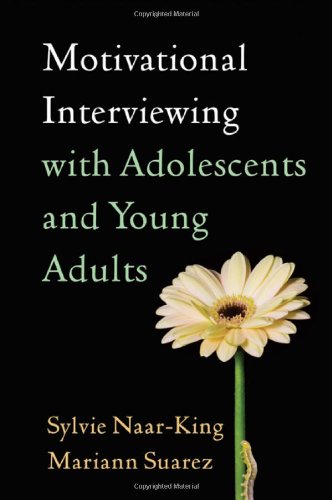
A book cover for Motivational Interviewing with Adolescents and Young Adults (Applications of Motivational Interviewing); Sylvie Naar-King; Medical Books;